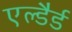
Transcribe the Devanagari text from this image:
एल्डैर्ड